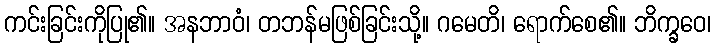
ကင်းခြင်းကိုပြု၏။ အနဘာဝံ၊ တဘန်မဖြစ်ခြင်းသို့။ ဂမေတိ၊ ရောက်စေ၏။ ဘိက္ခဝေ၊